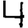
Digit: 4